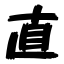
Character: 直